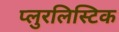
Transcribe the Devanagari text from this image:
प्लुरलिस्टिक